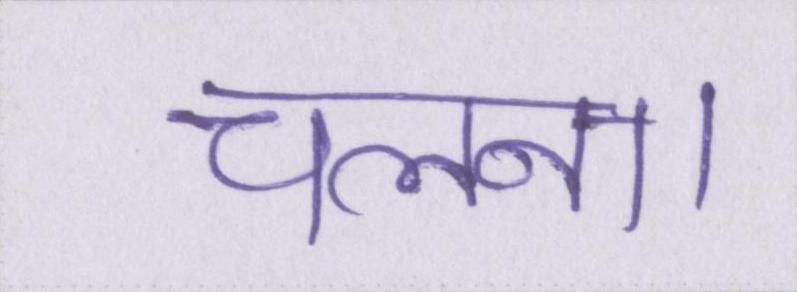
चलना।